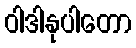
ဝါဒါနုပါတော